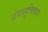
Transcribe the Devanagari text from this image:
ग्रंथसूचिकार